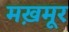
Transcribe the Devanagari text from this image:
मख़मूर